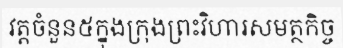
វត្តចំនួន៥ក្នុងក្រុងព្រះវិហារសមត្ថកិច្ច